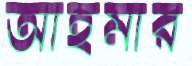
আহমার